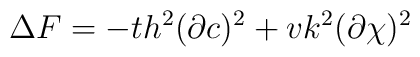
\Delta F=-th^{2}(\partial c)^{2}+vk^{2}(\partial \chi)^{2}